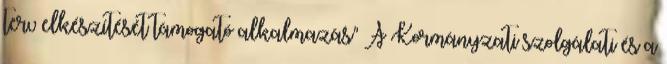
terv elkészítését támogató alkalmazás" A Kormányzati szolgálati és a